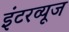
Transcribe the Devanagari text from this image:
इंटरव्यूज